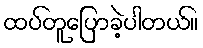
ထပ်တူပြောခဲ့ပါတယ်။